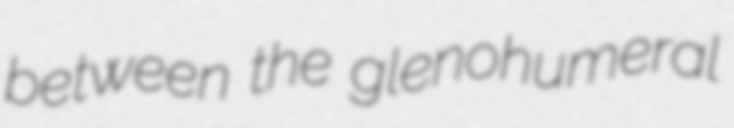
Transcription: between the glenohumeral